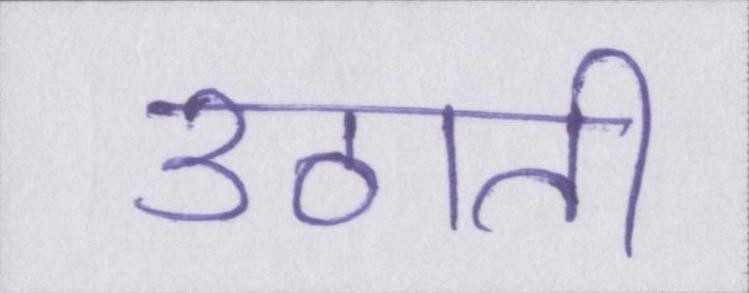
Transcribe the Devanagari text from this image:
उठाती